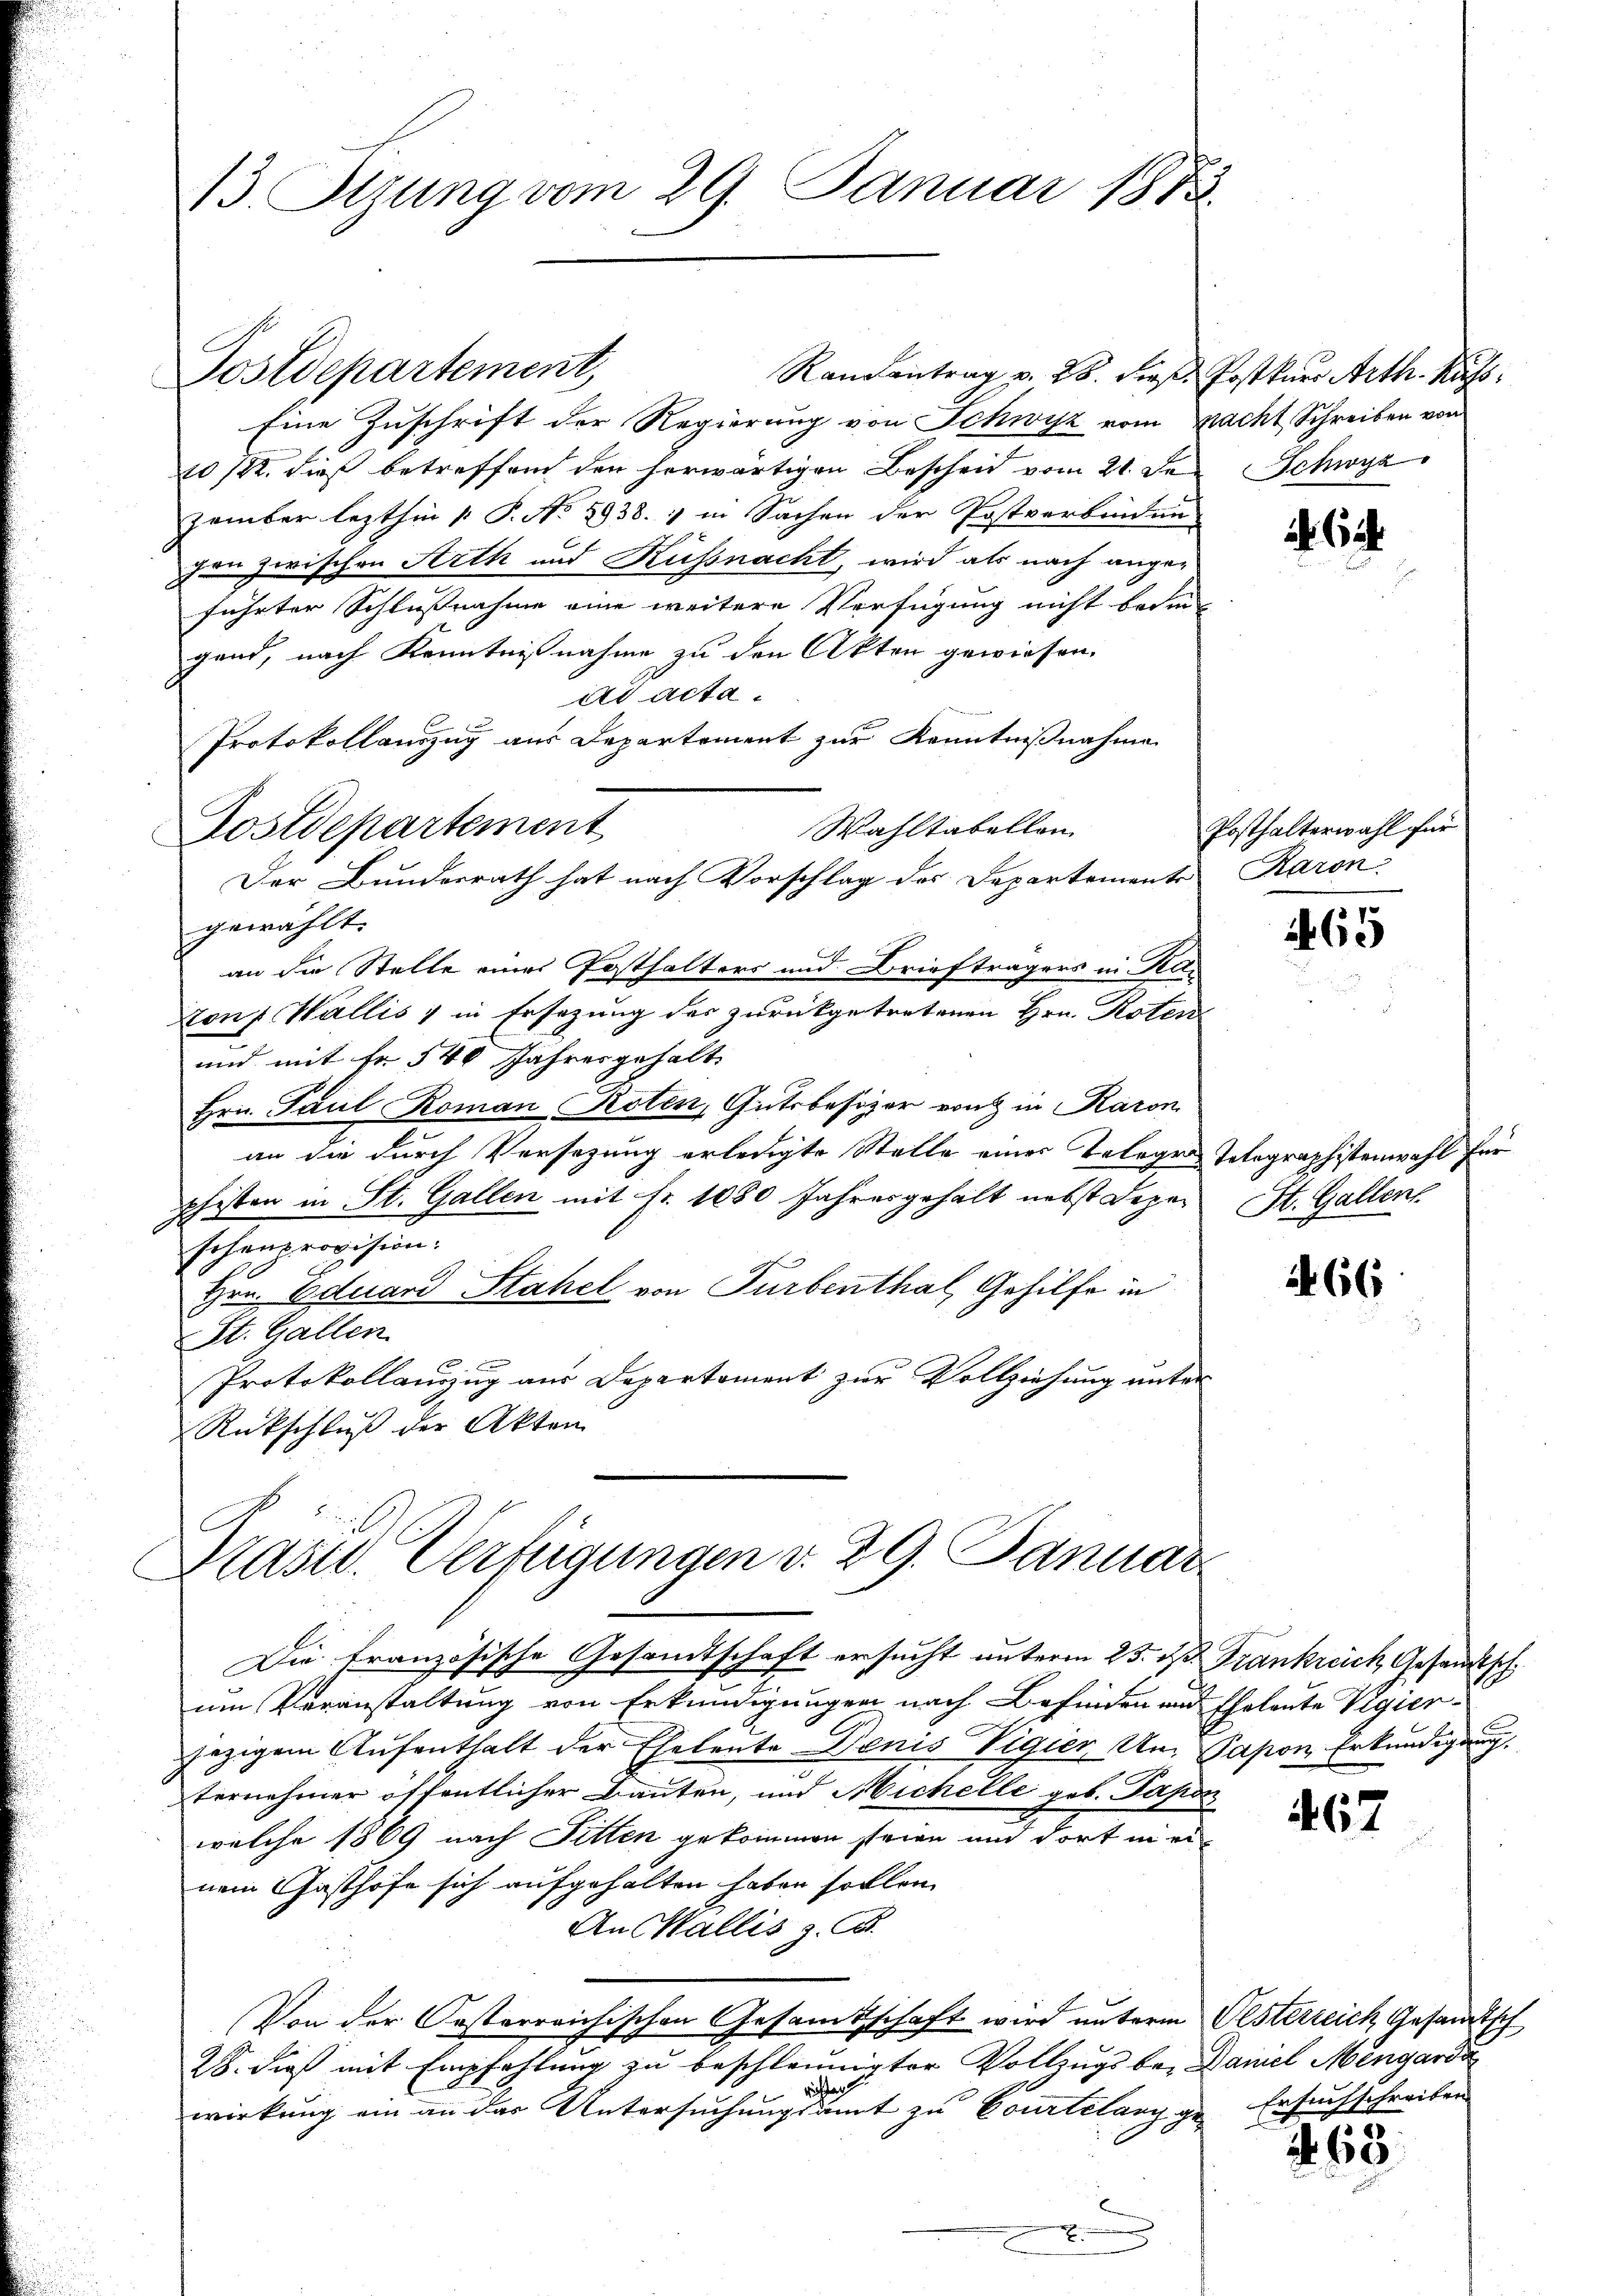
13. Sitzung vom 29. Januar 1873.

Postdepartement,
Rankontrag v. 28. dieß Postkurs Arth. Kuss,
Eine Zuschrift der Regierung von Schwyz vom Pacht, Schreiben von
10/22. die betreffend den herwärtigen Bescheid vom 21. Der Schwyz
zember lezthin 1 P. No 2938. 1 in Sachen der Postverbindun
gen zwischen Arth und Küssnacht, wird als nach anger-
führter Schlussnahme eine weitere Verfügung nicht bedingend, nach Kenntnisnahme zu den Akten gewiesen.
ad acta
Wahltabellen
gewählt.
an die Stelle eines Posthalters und Briefträgers in Ra¬
Zonf. Wallis & in Ersezung des zurückgetretenen Hrn. Roten
und mit fr. 540 Jahres gehalt
Hrn. Paul Roman Roten, Gutsbesizer von in Karon
an die durch Versetzung erledigte Stelle einer Telege Telegraphistenwahl für
phisten in St. Gallen mit Fr. 1080 Jahresgehalt nebst Depar
schenprovision:
Hrn. Eduard Stahel von Turbenthal, Gehilfe in
St. Gallen
Protokollauszug aus Departement zur Vollziehung unter
Rückschluß der Akten

Protokollauszug aus Departement zur Kenntnißnahme
Postdepartement
Der Bunderrath hat nach Vorschlag des Departementes Raron.

Drast. Verfügungen v. 29. Januar

Die französische Gesamtschaft ersucht unterm 25. ds. Frankreich Gesandtsch
um Veranstaltung von Erkundigungen nach Befinden und Eheleute Vigierjezigem Aufenthalt der Eheleute Denis Vigier Um Papon Erkundigung
ternehmer öffentlicher Bauten, und Michelle geb. Papon
welche 1869 nach Sitten gekommen seien und dort in einem Gasthofe sich aufgehalten haben sollen.
An Wallis z. B.
Von der Oesterreichischen Gesamtschaft wird unterm Oesterreich Gesandtsch
28. dieß mit Empfehlung zu beschleunigter Vollzugs bei Daniel Mengarda
richten
wirkung ein an das Untersuchungsamt zu Courtelang ge-
u
.

Posthalterwahl für

65

St. Gallen.

266

67

65

Ersuchschreiben